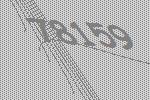
78159